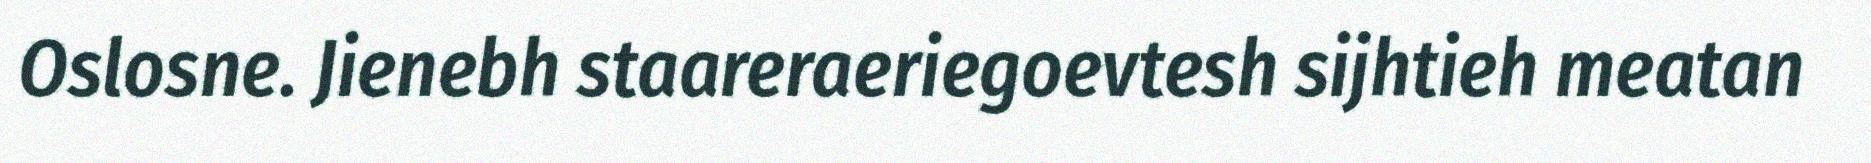
Oslosne. Jienebh staareraeriegoevtesh sijhtieh meatan